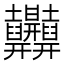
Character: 𱼲